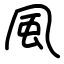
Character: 風